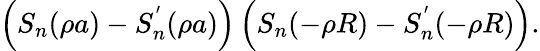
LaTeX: \left(S_{n}(\rho a)-S_{n}^{'}(\rho a)\right)\left(S_{n}(-\rho R)-S_{n}^{'}(-\rho R)\right).